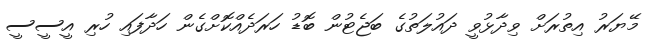
މޭޔަރު އިތުރަށް ވިދާޅުވީ ދައުލަތުގެ ބަޖެޓުން ބޮޑު ހަރަދެއްކޮށްގެން ހަދާފައި ހުރި އީސީސީ